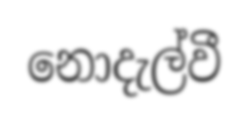
නොදැල්වී